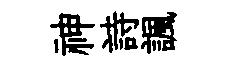
神詩諷